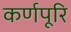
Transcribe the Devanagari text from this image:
कर्णपूरि